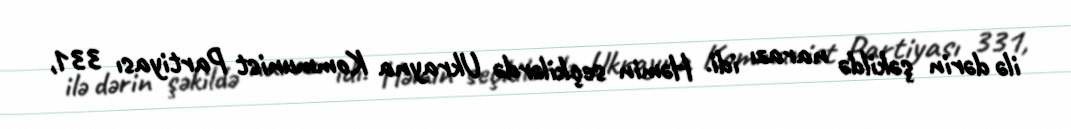
ilə dərin şəkildə narazı idi. Həmin seçkilərdə Ukrayna Kommunist Partiyası 331,